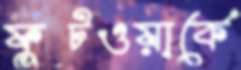
ফুটওয়ার্কে